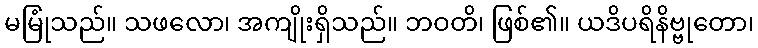
မမြုံသည်။ သဖလော၊ အကျိုးရှိသည်။ ဘဝတိ၊ ဖြစ်၏။ ယဒိပရိနိဗ္ဗုတော၊